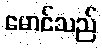
မောင်သည်